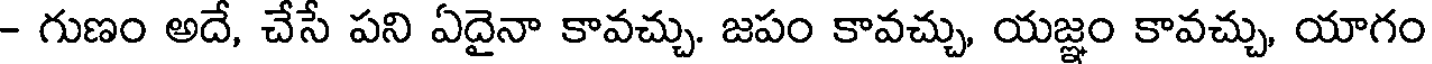
- గుణం అదే, చేసే పని ఏదైనా కావచ్చు. జపం కావచ్చు, యజ్ఞం కావచ్చు, యాగం